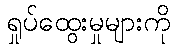
ရှုပ်ထွေးမှုများကို